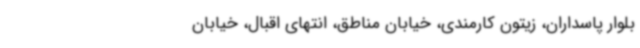
بلوار پاسداران، زیتون کارمندی، خیابان مناطق، انتهای اقبال، خیابان